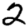
Digit: 2